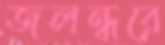
জলন্ধরে